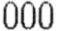
000